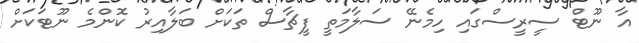
އާ ނޫޓް ސީރީސްގައި ހިމެނޭ ސަލާމަތީ ފީޗާސް ތަކަށް ބަލާއިރު ކޮންމެ ނޫޓަކަށް